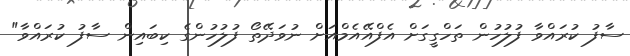
ސާފު ކުރައްވާ ފުލުހުން ތަހްގީގަށް އެފްއޭއެމްއަށް ނުވަދޭތޯ ފުލުހުންގެ ކިބައިން ސާފު ކުރައްވާ"